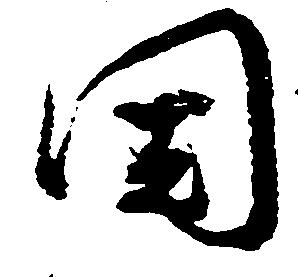
国